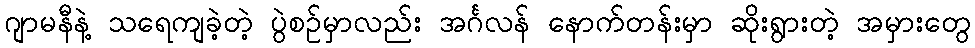
ဂျာမနီနဲ့ သရေကျခဲ့တဲ့ ပွဲစဉ်မှာလည်း အင်္ဂလန် နောက်တန်းမှာ ဆိုးရွားတဲ့ အမှားတွေ